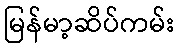
မြန်မာ့ဆိပ်ကမ်း